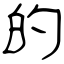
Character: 的